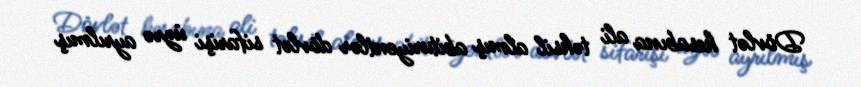
Dövlət hesabına ali təhsil almış abituriyentlər dövlət sifarişi üzrə ayrılmış